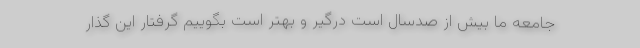
جامعه ما بیش از صدسال است درگیر و بهتر است بگوییم گرفتار این گذار